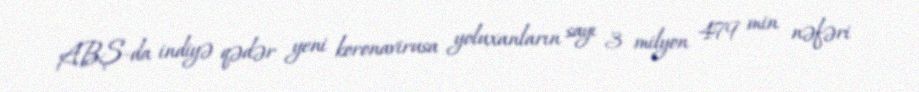
ABŞ-da indiyə qədər yeni koronavirusa yoluxanların sayı 3 milyon 479 min nəfəri